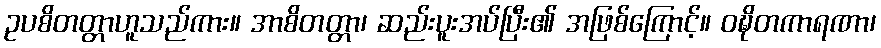
ဥပစိတတ္တာဟူသည်ကား။ အာစိတတ္တာ၊ ဆည်းပူးအပ်ပြီး၏ အဖြစ်ကြောင့်။ ဝဍ္ဎိတကာရဏာ၊